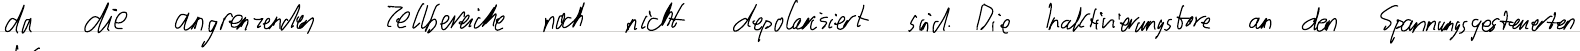
da die angrenzenden Zellbereiche noch nicht depolarisiert sind. Die Inaktivierungstore an den Spannungsgesteuerten